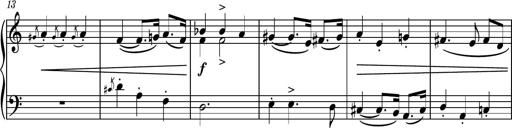
Title: Piano Sonatina II
Composer: Dimitri Sykias
Key: F major